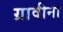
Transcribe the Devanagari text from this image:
ग्रावीना